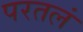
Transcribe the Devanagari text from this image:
परतलं